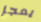
يعجز